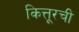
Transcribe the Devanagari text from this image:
कित्तूरची